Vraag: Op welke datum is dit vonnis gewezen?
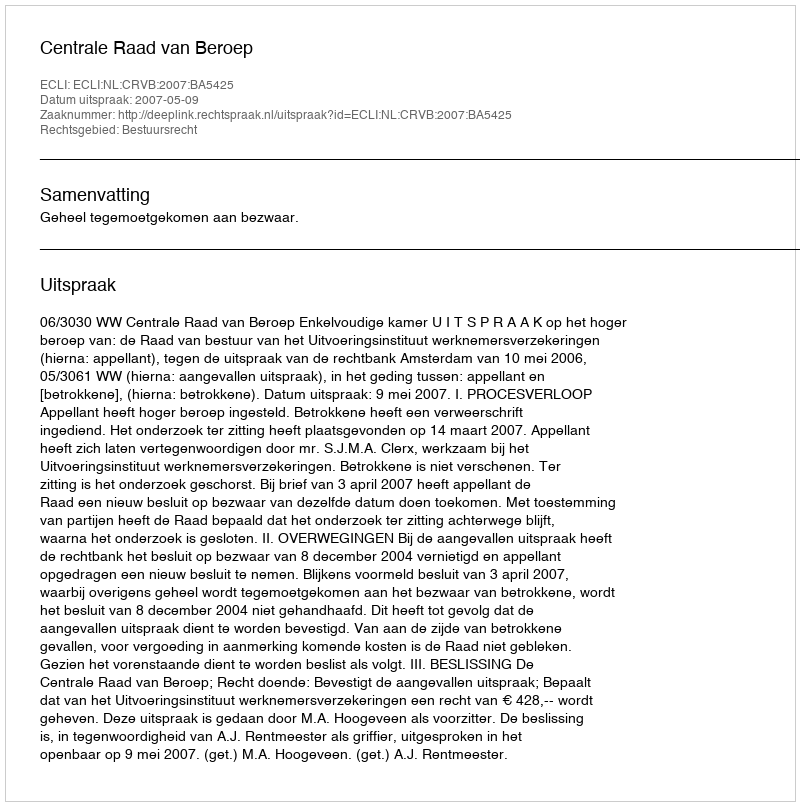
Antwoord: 2007-05-09